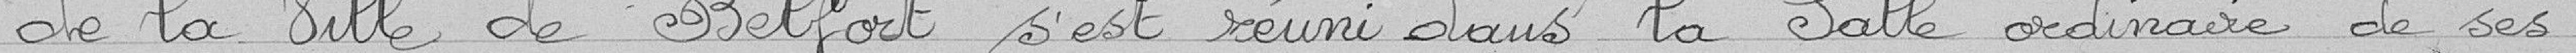
de la ville de Belfort, s'est réuni dans la salle ordinaire de ses